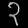
Digit: ၃